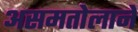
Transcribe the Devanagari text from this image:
असमतोलाने